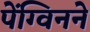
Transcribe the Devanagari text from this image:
पेंग्विनने